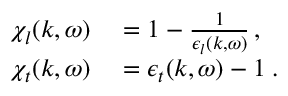
\begin{array} { r l } { \chi _ { l } ( k , \omega ) } & { { } = 1 - \frac { 1 } { \epsilon _ { l } ( k , \omega ) } \, , } \\ { \chi _ { t } ( k , \omega ) } & { { } = \epsilon _ { t } ( k , \omega ) - 1 \; . } \end{array}